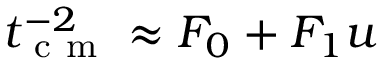
t _ { \mathrm { ~ c ~ m ~ } } ^ { - 2 } \approx F _ { 0 } + F _ { 1 } u